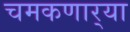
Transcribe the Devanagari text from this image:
चमकणार्‍या